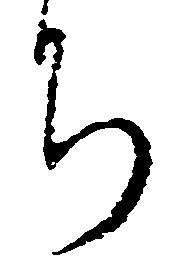
ち